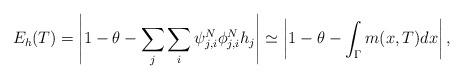
LaTeX: \begin{align*}E_h(T)=\left|1-\theta-\sum_j\sum_i \psi^N_{j,i}\phi^N_{j,i} h_j \right|\simeq \left|1-\theta-\int_{\Gamma}m(x,T)dx\right|,\end{align*}